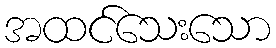
အထင်သေးသော